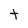
Character: t